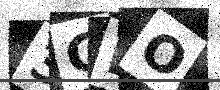
Text: 3GBO